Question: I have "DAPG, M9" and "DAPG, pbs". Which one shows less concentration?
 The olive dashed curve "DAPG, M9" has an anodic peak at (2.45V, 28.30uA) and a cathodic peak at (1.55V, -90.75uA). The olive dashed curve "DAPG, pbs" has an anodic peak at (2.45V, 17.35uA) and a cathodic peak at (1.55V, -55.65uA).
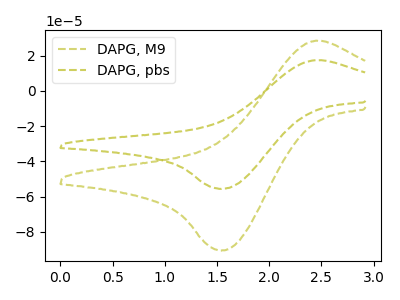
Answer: <think>All the peaks in "DAPG, M9" have a peak in "DAPG, pbs" at the same potential. Every peak in "DAPG, M9" is higher than every peak in "DAPG, pbs".
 </think>
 <answer>"DAPG, M9" has more signal than "DAPG, pbs" and so likely has a higher concentration.</answer>
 <eval>more_concentration</eval>